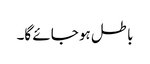
باطل ہو جائے گا۔